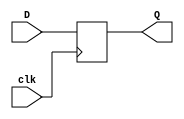
module D_ff_n(input clk,
              input D,
              output reg Q);
always @ (negedge clk)
  begin
    Q <= D;
  end
endmodule